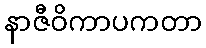
နာဇီဝိကာပကတာ